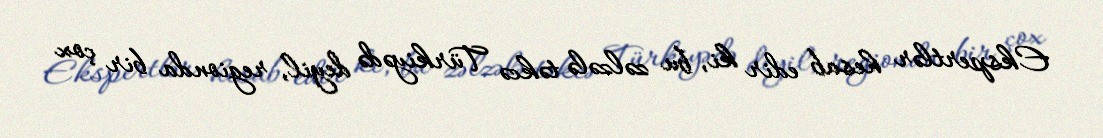
Ekspertlər hesab edir ki, bu zəlzələ təkcə Türkiyədə deyil, regionda bir çox